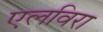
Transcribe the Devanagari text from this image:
एलविरा